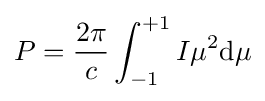
P={\frac {2\pi }{c}}\int _{-1}^{+1}I\mu ^{2}\mathrm {d} \mu